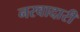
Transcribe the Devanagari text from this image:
नरवादारी